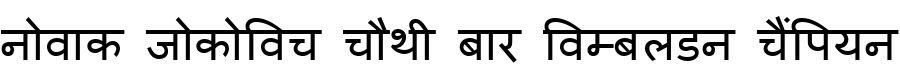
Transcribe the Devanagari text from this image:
नोवाक जोकोविच चौथी बार विम्बलडन चैंपियन